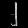
Digit: ၂